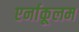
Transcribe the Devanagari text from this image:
एर्नाकूलम